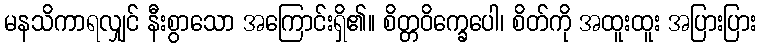
မနသိကာရလျှင် နီးစွာသော အကြောင်းရှိ၏။ စိတ္တဝိက္ခေပေါ၊ စိတ်ကို အထူးထူး အပြားပြား